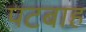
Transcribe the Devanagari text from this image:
पटबाह